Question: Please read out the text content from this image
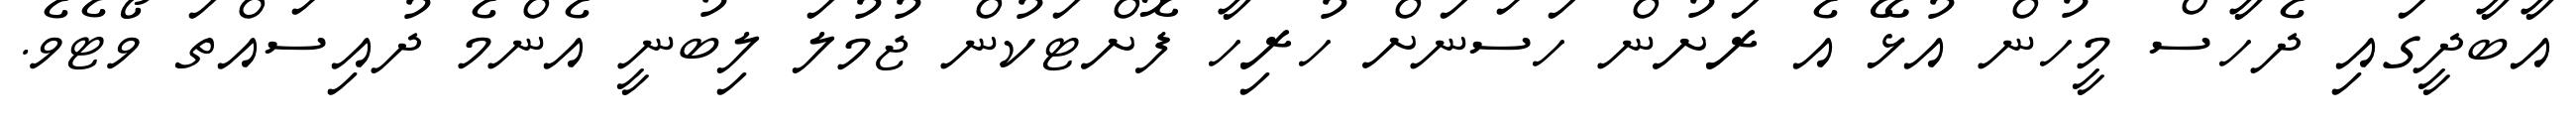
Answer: އާބާދީގައި ދެހާސް މީހުން އުޅޭ އެ ރަށުން ހަސަނަށް ހުރިހާ ފޮށްޓަކުން ޖުމުލަ ލިބުނީ އެންމެ ދުއިސައްތަ ވޯޓެވެ.